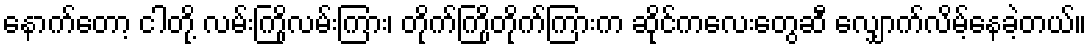
နောက်တော့ ငါတို့ လမ်းကြိုလမ်းကြား၊ တိုက်ကြိုတိုက်ကြားက ဆိုင်ကလေးတွေဆီ လျှောက်လိမ့်နေခဲ့တယ်။